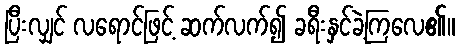
ပြီးလျှင် လရောင်ဖြင့် ဆက်လက်၍ ခရီးနှင်ခဲ့ကြလေ၏။